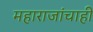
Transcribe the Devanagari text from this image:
महाराजांचाही